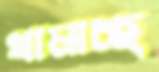
থামাচ্ছ